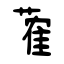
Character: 蒮